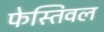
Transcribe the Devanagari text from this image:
फेस्तिवल